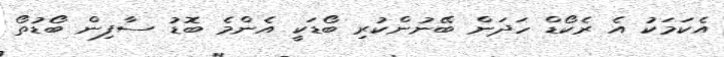
އެކަމަކު އެ ރެކޯޑް ހަދަން ބޭނުންކުރި ބޯޑަކީ އެންމެ ބޮޑު ސާފިން ބޯޑުތޯ